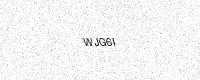
Text: WJG6I